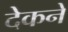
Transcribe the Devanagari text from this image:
देकने